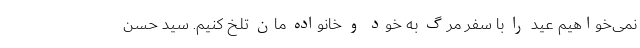
نمی‌خواهیم عید را با سفر مرگ به خود و خانواده مان تلخ کنیم. سید حسن